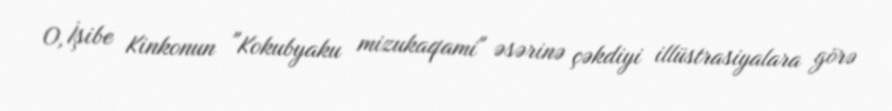
O, İşibe Kinkonun "Kokubyaku mizukaqami" əsərinə çəkdiyi illüstrasiyalara görə